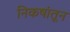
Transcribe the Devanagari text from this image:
निकषांतून